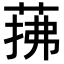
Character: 𦲫